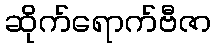
ဆိုက်ရောက်ဗီဇာ